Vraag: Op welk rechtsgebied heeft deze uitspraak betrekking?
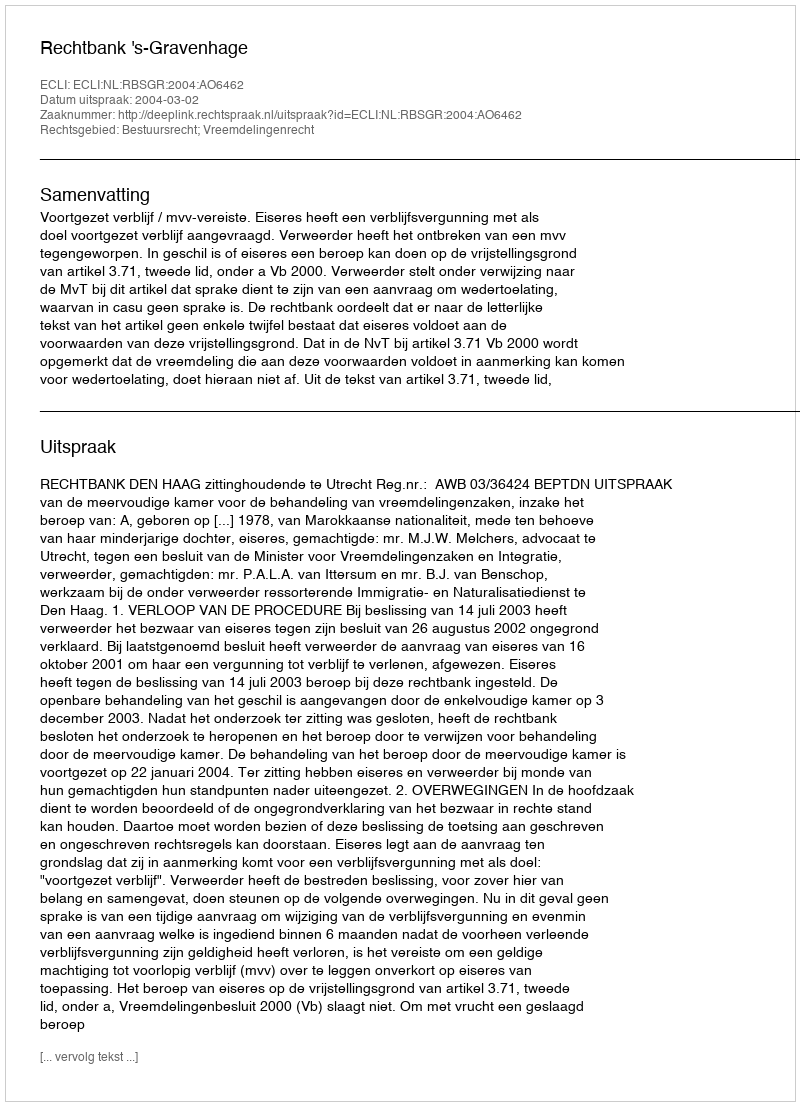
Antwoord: Bestuursrecht; Vreemdelingenrecht